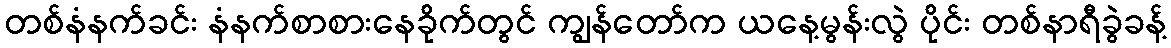
တစ်နံနက်ခင်း နံနက်စာစားနေခိုက်တွင် ကျွန်တော်က ယနေ့မွန်းလွဲ ပိုင်း တစ်နာရီခွဲခန့်